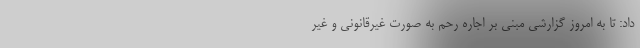
داد: تا به امروز گزارشی مبنی بر اجاره رحم به صورت غیرقانونی و غیر